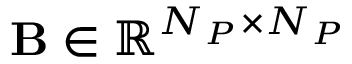
\mathbf { B } \in \mathbb { R } ^ { N _ { P } \times N _ { P } }